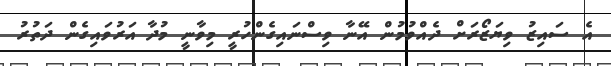
އެ ސައިޒު ވިޔަޒޯރަށް ދެއްވުމުން އޭނާ ވިސްނައިގެންހުރީ މިވާނީ މުދާ އަރުވައިގެން ދަތުރު